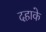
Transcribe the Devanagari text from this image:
दहाके